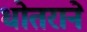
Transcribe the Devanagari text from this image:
धोतराने